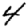
Digit: 4